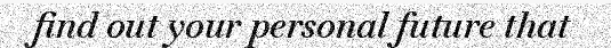
find out your personal future that